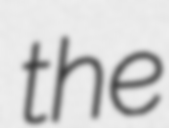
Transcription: the